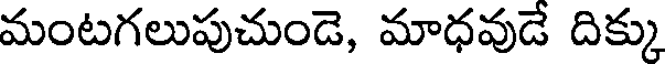
మంటగలుపుచుండె, మాధవుడే దిక్కు